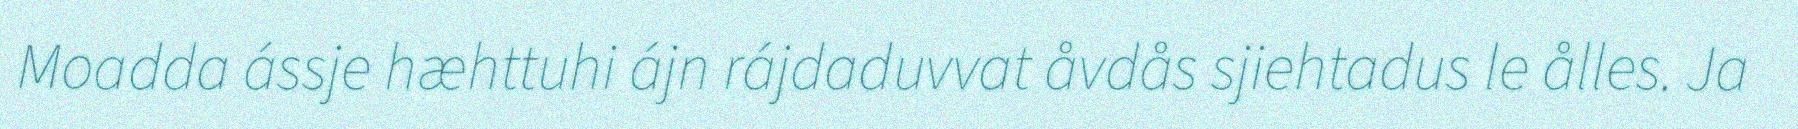
Moadda ássje hæhttuhi ájn rájdaduvvat åvdås sjiehtadus le ålles. Ja